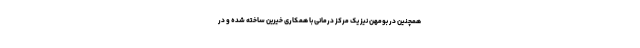
همچنین در بومهن نیز یک مرکز درمانی با همکاری خیرین ساخته شده و در